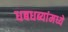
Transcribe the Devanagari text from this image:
धबधब्यांमध्ये